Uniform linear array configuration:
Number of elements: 32
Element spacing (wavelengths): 0.75
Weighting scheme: binomial
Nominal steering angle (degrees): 30
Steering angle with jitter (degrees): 28.395
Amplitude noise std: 0.05
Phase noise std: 0.05

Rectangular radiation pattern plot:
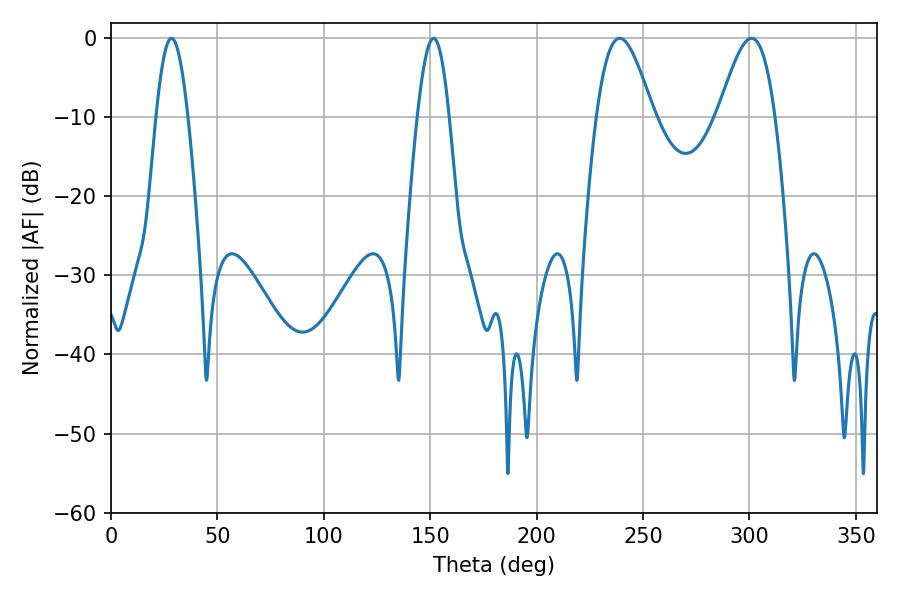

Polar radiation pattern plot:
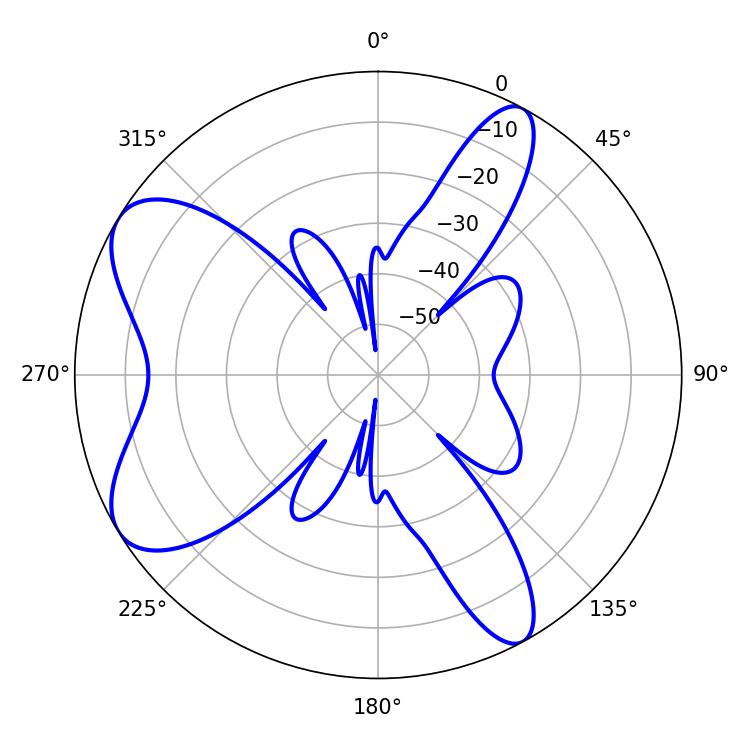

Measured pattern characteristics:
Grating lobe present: TRUE
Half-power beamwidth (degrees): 8.1
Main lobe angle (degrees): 28.44